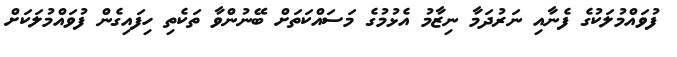
ފުވައްމުލަކުގެ ފެނާއި ނަރުދަމާ ނިޒާމު އެޅުމުގެ މަސައްކަތަށް ބޭނުންވާ ތަކެތި ހިފައިގެން ފުވައްމުލަކަށް